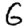
Digit: 6